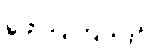
ဖော်ပြကြသည်